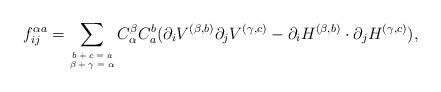
LaTeX: \begin{align*}f^{\alpha a}_{ij}=\sum\limits_{\tiny\begin{matrix}b+c=a\\ \beta+\gamma=\alpha\end{matrix}}C_{\alpha}^\beta C_a^b(\partial_iV^{(\beta,b)} \partial_jV^{(\gamma,c)}-\partial_iH^{(\beta,b)}\cdot \partial_jH^{(\gamma,c)}),\end{align*}